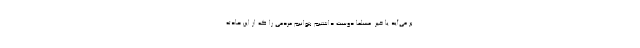
بر می‌آید یا خیر. مسلماً دوست داشتیم بتوانیم مردمی را که از این حادثه